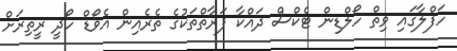
ހަފްލާގައި ވިތް ހޯލްޑިން ޓެކްސް ދައްކާ ފަރާތްތަކުގެ ތެރެއިން އެވޯޑް ހޯދީ ރީތިރަށް